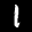
Label: 1